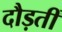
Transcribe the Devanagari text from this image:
दौड़तीं